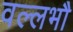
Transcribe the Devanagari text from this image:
वल्लभौ